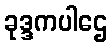
ခုဒ္ဒကပါဌေ